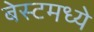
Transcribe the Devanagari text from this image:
बेस्टमध्ये